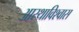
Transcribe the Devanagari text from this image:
आस्थाविश्वास